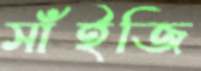
সাঁইজি